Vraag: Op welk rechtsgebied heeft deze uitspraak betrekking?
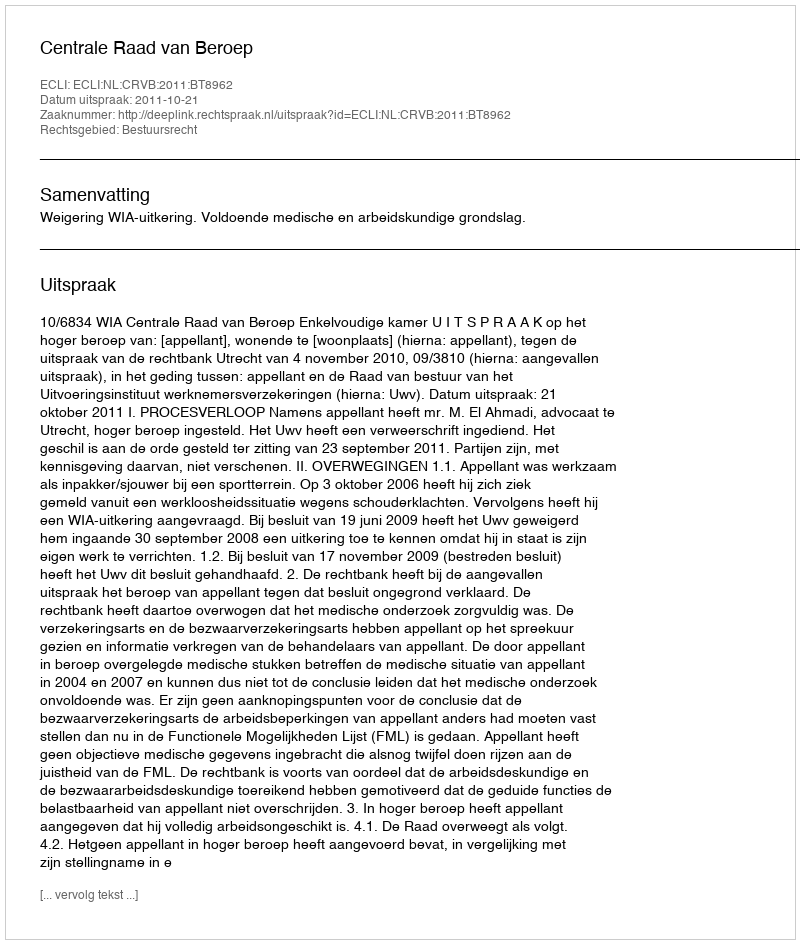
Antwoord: Bestuursrecht